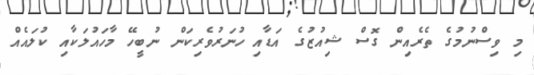
މި ވިސްނުމުގެ ތެރެއިން ގޮސް ޝިއުޒުގެ އަޑާއި ހުނަރުވެރިކަން ނުބީހޭ މާހައުލަކާއި ކުލައެއް